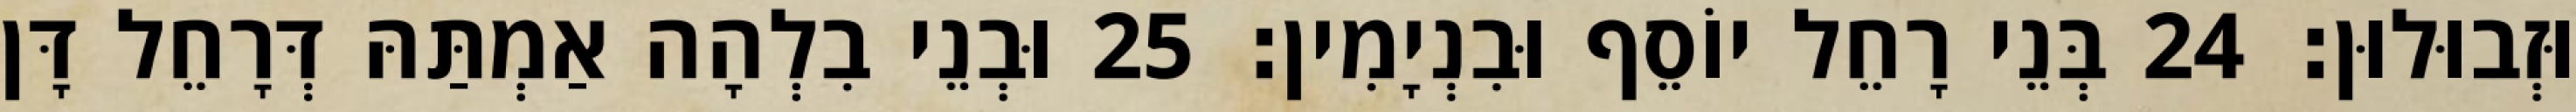
וּזְבוּלוּן׃ 24 בְּנֵי רָחֵל יוֹסֵף וּבִנְיָמִין׃ 25 וּבְנֵי בִלְהָה אַמְתַּהּ דְּרָחֵל דָּן